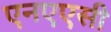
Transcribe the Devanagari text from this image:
एनएएसी